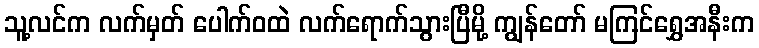
သူ့လင်က လက်မှတ် ပေါက်ဝထဲ လက်ရောက်သွားပြီမို့ ကျွန်တော် မကြင်ရွှေအနီးက